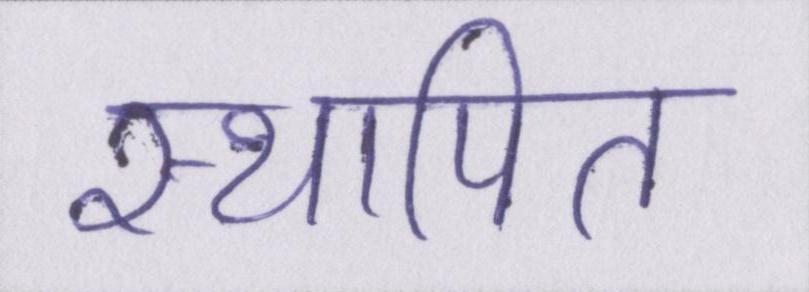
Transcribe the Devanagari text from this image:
स्थापित